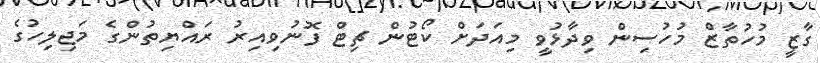
ގާޒީ މުހުތާޒް މުހުސިން ވިދާޅުވީ މިއަދަށް ކޯޓުން ޗިޓް ފޮނުވިއިރު ރައްޔިތުންގެ މަޖިލިހުގެ